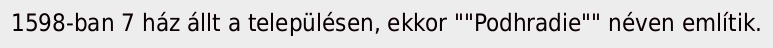
1598-ban 7 ház állt a településen, ekkor ""Podhradie"" néven említik.